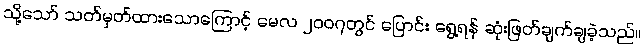
သို့သော် သတ်မှတ်ထားသောကြောင့် မေလ ၂၀၀၇တွင် ပြောင်း ရွေ့ရန် ဆုံးဖြတ်ချက်ချခဲ့သည်။